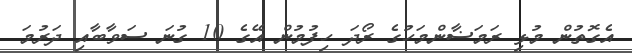
އެގޮތުން މުޅި ރަމަޟާންމަހުގެ ރޯދަ ހިފުމުން އޭގެ 10 ގުނަ ސަވާބާއި ދަރުމަ